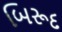
બિરૂદ